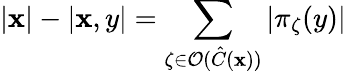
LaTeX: \left|\mathbf{x}\right|-\left|\mathbf{x},y\right|=\sum_{\zeta\in\mathcal{{O}}(\hat{{C}}(\mathbf{x}))}\left|\pi_{\zeta}(y)\right|